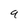
Character: q